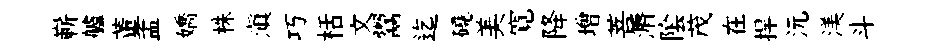
嶄艫董孟嬌株滇巧栝文鬻迄磽美寛降增菩漘隂茂在捍沅渼斗